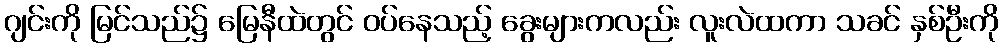
ဂျင်းကို မြင်သည်၌ မြေနီထဲတွင် ဝပ်နေသည့် ခွေးများကလည်း လူးလဲထကာ သခင် နှစ်ဦးကို